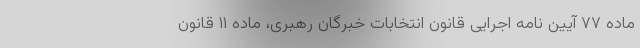
ماده ۷۷ آیین نامه اجرایی قانون انتخابات خبرگان رهبری، ماده ۱۱ قانون